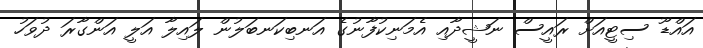
އައްޑޫ ސިޓީއަށް ރައީސް ނަޝީދާއި އެމަނިކުފާނުގެ އަނބިކަނބަލުން ލައިލާ އަލީ އަންގާރަ ދުވަހު